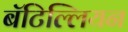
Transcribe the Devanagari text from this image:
बॅटिल्लियन